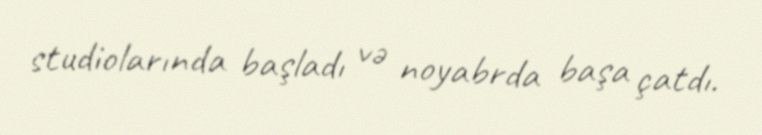
studiolarında başladı və noyabrda başa çatdı.